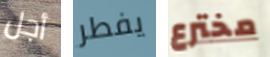
أجل يفطر مخترع